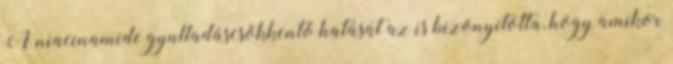
A niacinamide gyulladáscsökkentő hatását az is bizonyította, hogy amikor